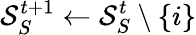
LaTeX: \mathcal{S}_{S}^{t+1}\leftarrow\mathcal{S}_{S}^{t}\setminus\{ i\}